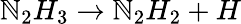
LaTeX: \mathbb{N}_{2}H_{3}\rightarrow\mathbb{N}_{2}H_{2}+H